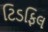
ટિડફિલ